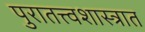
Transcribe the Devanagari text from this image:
पुरातत्त्वशास्त्रात